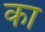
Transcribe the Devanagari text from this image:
का